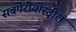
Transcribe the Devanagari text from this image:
सबपेरीयोस्टील